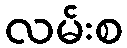
လမ်းစ